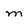
Character: m